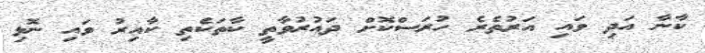
ކާނާ އަދި ވައި އަރުތެރެ ހުރަސްކޮށް ދައުރުވާތީ ކާތަކެތި ކާއިރު ވައި ނޮޅި